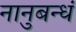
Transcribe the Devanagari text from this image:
नानुबन्धं